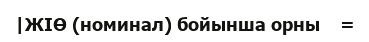
|ЖІӨ (номинал) бойынша орны    =